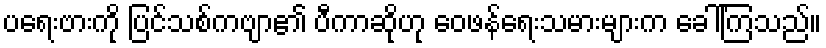
ပရေးဗားကို ပြင်သစ်ကဗျာ၏ ပီကာဆိုဟု ဝေဖန်ရေးသမားများက ခေါ်ကြသည်။